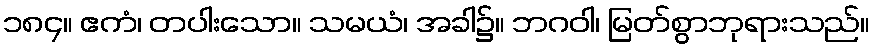
၁၈၄။ ဧကံ၊ တပါးသော။ သမယံ၊ အခါ၌။ ဘဂဝါ၊ မြတ်စွာဘုရားသည်။